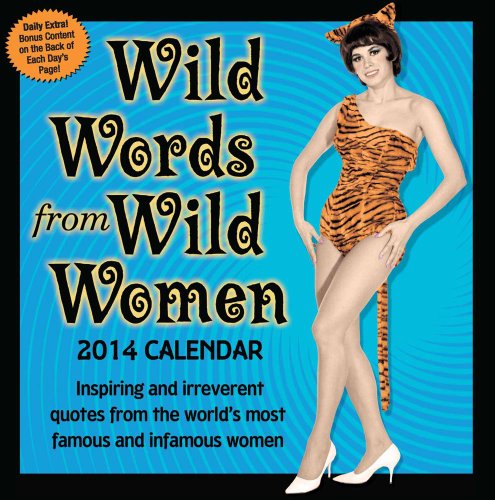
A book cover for Wild Words from Wild Women 2014 Day-to-Day Calendar: Inspiring and irreverent quotes from the world's most famous and infamous women; Autumn Stephens; Calendars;